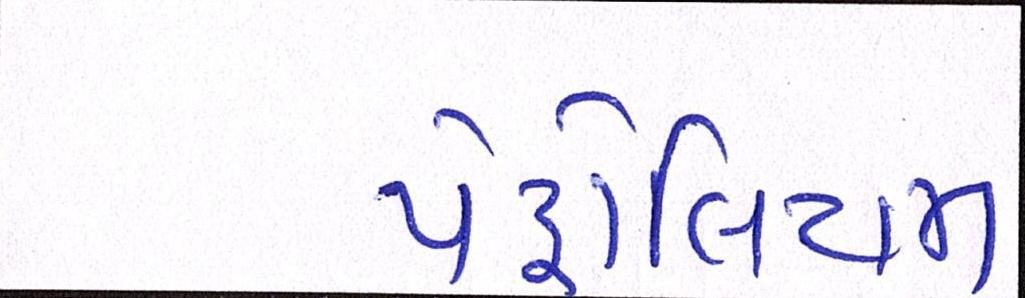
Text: પેટ્રોલિયમ